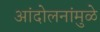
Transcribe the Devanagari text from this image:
आंदोलनांमुळे